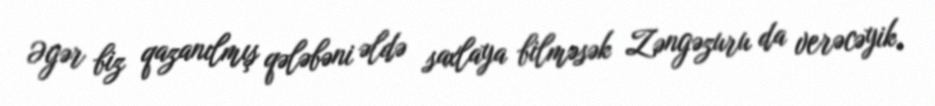
Əgər biz qazanılmış qələbəni əldə saxlaya bilməsək Zəngəzuru da verəcəyik,